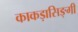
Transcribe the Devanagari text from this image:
काकड़ासिङ्गी